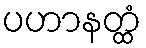
ပဟာနတ္ထံ